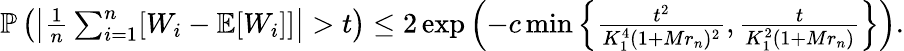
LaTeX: \begin{array}{r}{\operatorname{\mathbb P}\left(\left|\frac 1n\sum_{i=1}^{n}[W_{i}-\operatorname{\mathbb E}[W_{i}]]\right|>t\right)\le 2\exp\left(-c\operatorname*{min}\left\{ \frac{t^{2}}{K_{1}^{4}(1+Mr_{n})^{2}},\frac{t}{K_{1}^{2}(1+Mr_{n})}\right\} \right).}\end{array}